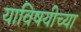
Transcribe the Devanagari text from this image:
याविषयीच्या